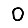
Digit: 0